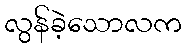
လွန်ခဲ့သောလက